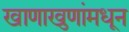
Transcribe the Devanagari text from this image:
खाणाखुणांमधून